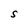
Character: S